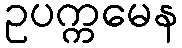
ဥပက္ကမေန